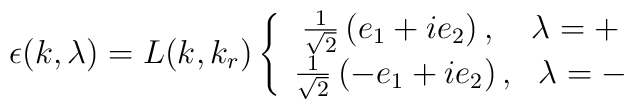
\epsilon (k,\lambda )=L(k,k_{r})\left\{ \begin{array}{c}\frac{1}{\sqrt{2}}\left( e_{1}+ie_{2}\right) ,\,\,\,\,\,\,\lambda =+ \\ \frac{1}{\sqrt{2}}\left( -e_{1}+ie_{2}\right) ,\,\,\,\,\lambda =-\end{array}\right.